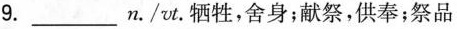
9. ___ n. / vt. 牺牲，舍身；献祭，供奉；祭品